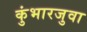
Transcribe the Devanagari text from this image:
कुंभारजुवा